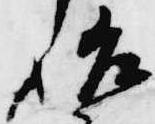
始